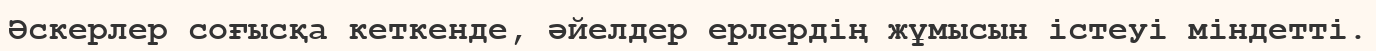
Әскерлер соғысқа кеткенде, әйелдер ерлердің жұмысын істеуі міндетті.